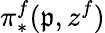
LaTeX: \pi_{*}^{f}(\mathfrak{p},z^{f})